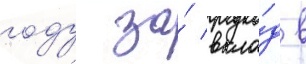
году за́ вкла́д в